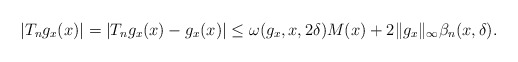
\begin{align*}|T_n g_x (x)| = |T_n g_x(x) - g_x(x)| \le \omega(g_x,x,2\delta) M(x) + 2 \|g_x\|_\infty \beta_n(x,\delta).\end{align*}